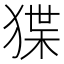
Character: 𭸗